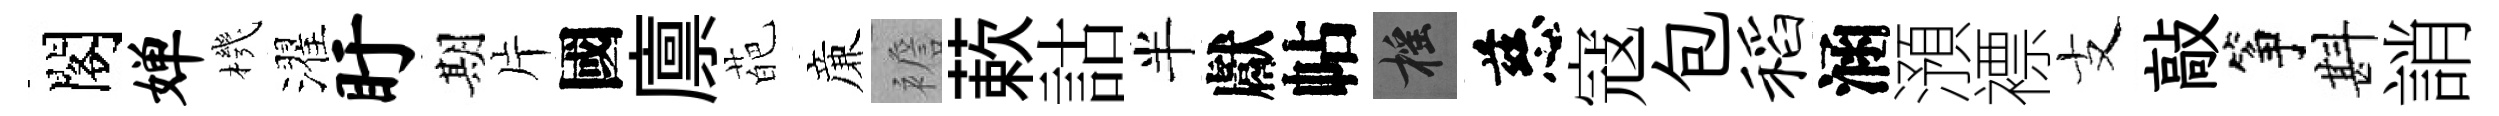
閣婵機濯盱期片國廪葩亷襜蔌詁半獻帖摇慈寇包稻涵澦褾支敲筝斟誚